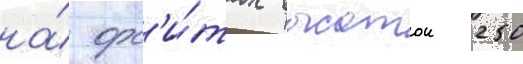
на́ орб'и́тах высотои 250